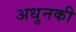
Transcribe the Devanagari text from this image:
अधुनकी